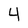
Character: 4